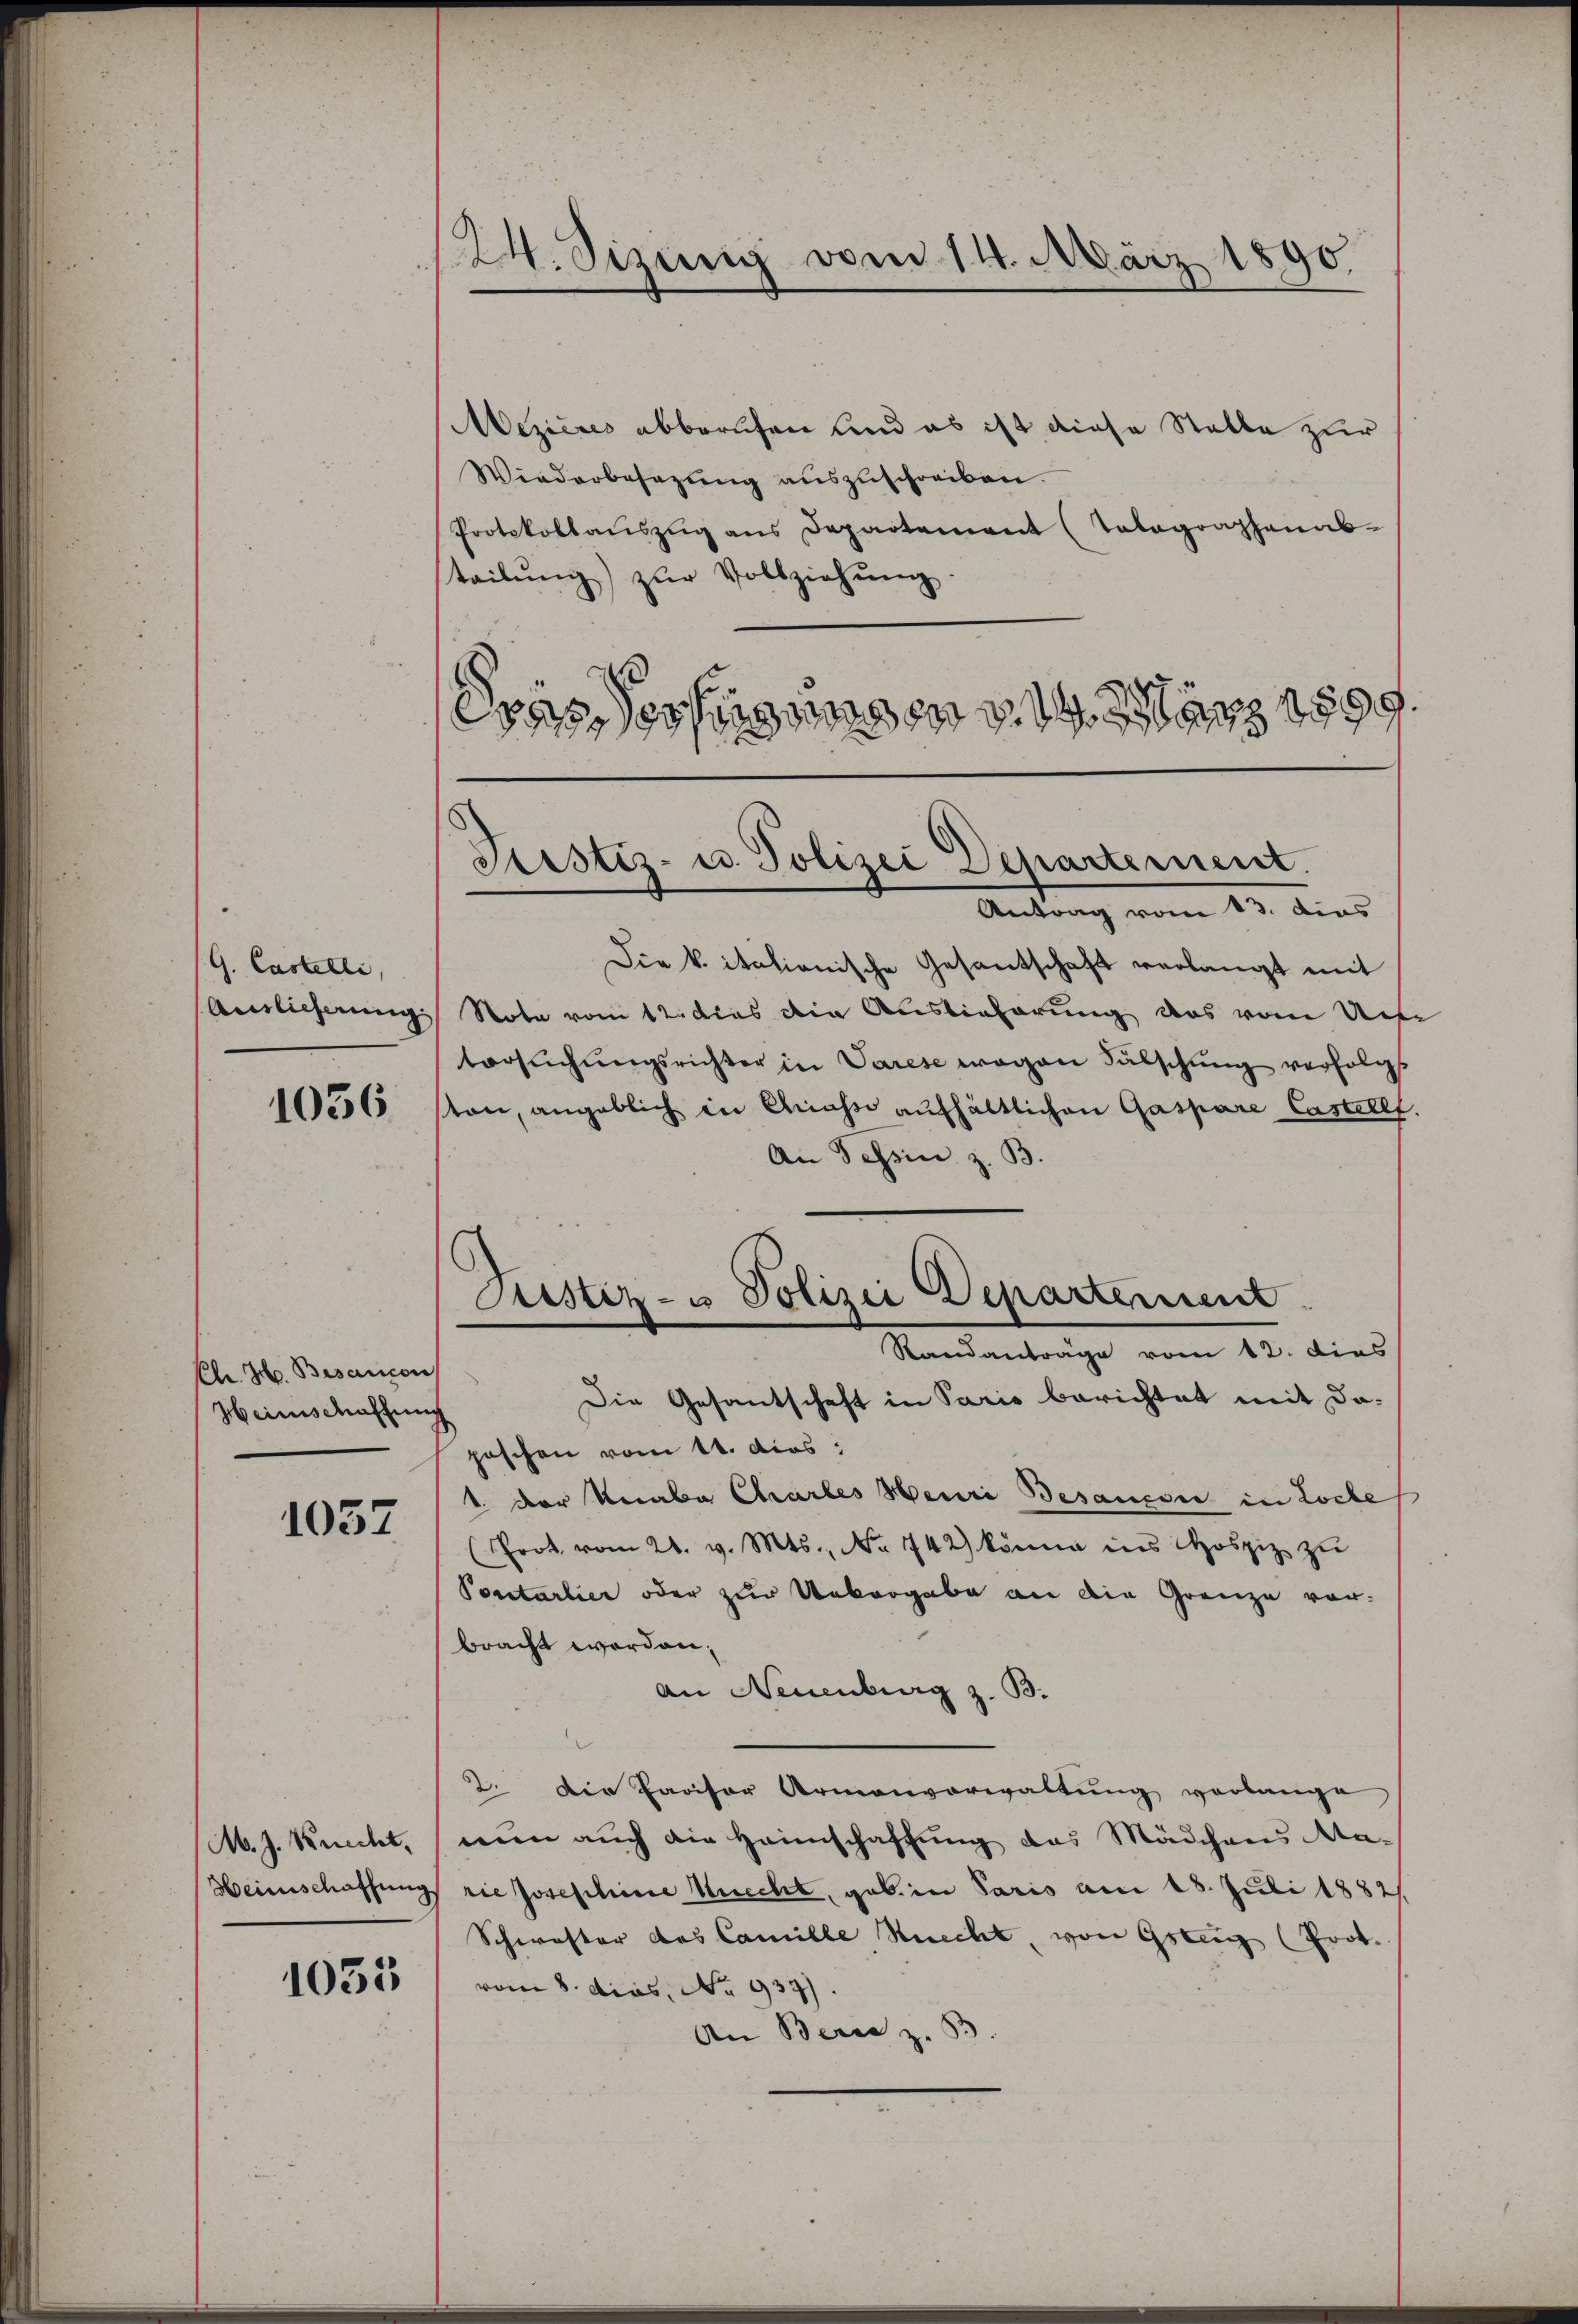
(G. Castelli,
Auslieferung:
1056.

Ch. H. Bisancon
Heinschaffung

1037.

M. J. Recht,

1055

24. Sizung vom 14. März 1890

Mezicres abberufen und es ist diese Stelle zur
Wiederbesezŭng aŭszŭschreiben.
Protokollaŭszŭg ans Departement (Tolographenab-
steilŭng zŭr Vollziehŭng.
rassessingungen von 1899.

Justiz- u. Polizei Departement.
Antrag vom 13. dies

Die k. italionische Gesantschaft verlangt mit
Note vom 12. dies die Auslieferung das vom Unte
tersŭchŭngsrichter in Varese wegen Fälschŭng verfolgt
ton, angeblich in Anahn aufhältlichen Gaspare Castellt.
An Tessin z. B.
Die Gesantschaft in Paris berichtet mit da-
poschen vom 11. das
1 der Knabe Chartes Henri Besauce in Loche
Prot. vom 21. v. Mts., No 742) könne ins Hospiz zu
Pontarlier oder zur Uebergabe an die Grenze vor-
bracht worden,
An Neuenburg z. B.
2. Die Pavisor Armenverwaltung verlange,
nem auch die Heimschaffung das Mädchens Ma-
Heimschaffung rie Josephine Knecht, geb. in Paris am 18. Juli 1882/
Schwester das Camille Strecht, von Gsteg (Prot.
vom 8. dies, Nr. 937)
An Berie z.

Justiz- u Polizei Departement
Randanträge vom 12. dies